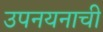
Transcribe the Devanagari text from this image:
उपनयनाची